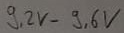
Text: 9,2V-9,6V